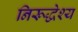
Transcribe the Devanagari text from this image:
निरूद्धेश्य